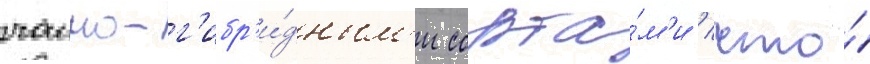
чаино-г'ибр'и́дным'и сорта́м'и / что́